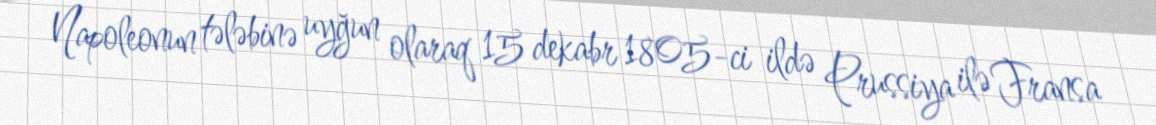
Napoleonun tələbinə uyğun olaraq 15 dekabr 1805-ci ildə Prussiya ilə Fransa